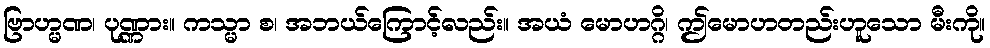
ဗြာဟ္မဏ၊ ပုဏ္ဏား။ ကသ္မာ စ၊ အဘယ်ကြောင့်လည်း။ အယံ မောဟဂ္ဂိ၊ ဤမောဟတည်းဟူသော မီးကို။